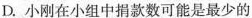
D.小刚在小组中捐款数可能是最少的